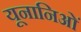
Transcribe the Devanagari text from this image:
यूनानिओं